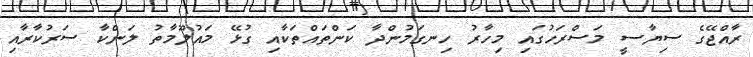
ރާއްޖޭގެ ސިޔާސީ މަސްރަހުގައި މިހާރު ހިނގަމުންދާ ކަންތައްތަކާއި ގުޅޭ މައުލޫމާތު ލަންކާ ސަރުކާރާއި